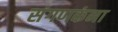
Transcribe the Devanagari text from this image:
संगणकंना